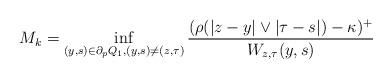
LaTeX: \begin{align*}M_k=\inf_{(y,s)\in\partial_p Q_1, (y,s)\neq(z,\tau)}\frac{ (\rho(|z-y|\vee |\tau-s|)-\kappa)^+}{W_{z,\tau}(y,s)}\end{align*}